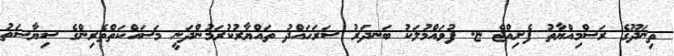
ތިނަދޫގެ ރަސްމިއްޔާތު ފެށިއްޖެ ޏ. ފުވައްމުލަކު ބަނދަރު ސަރަހައްދު ތައްޔާރުކުރަމުންދަނީ މަސައްކަތްތެރިންގެ ސިޔާސަތު